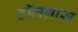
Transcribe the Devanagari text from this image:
टॉलग्रास